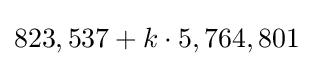
823,537+k\cdot 5,764,801